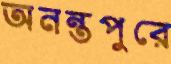
অনন্তপুরে